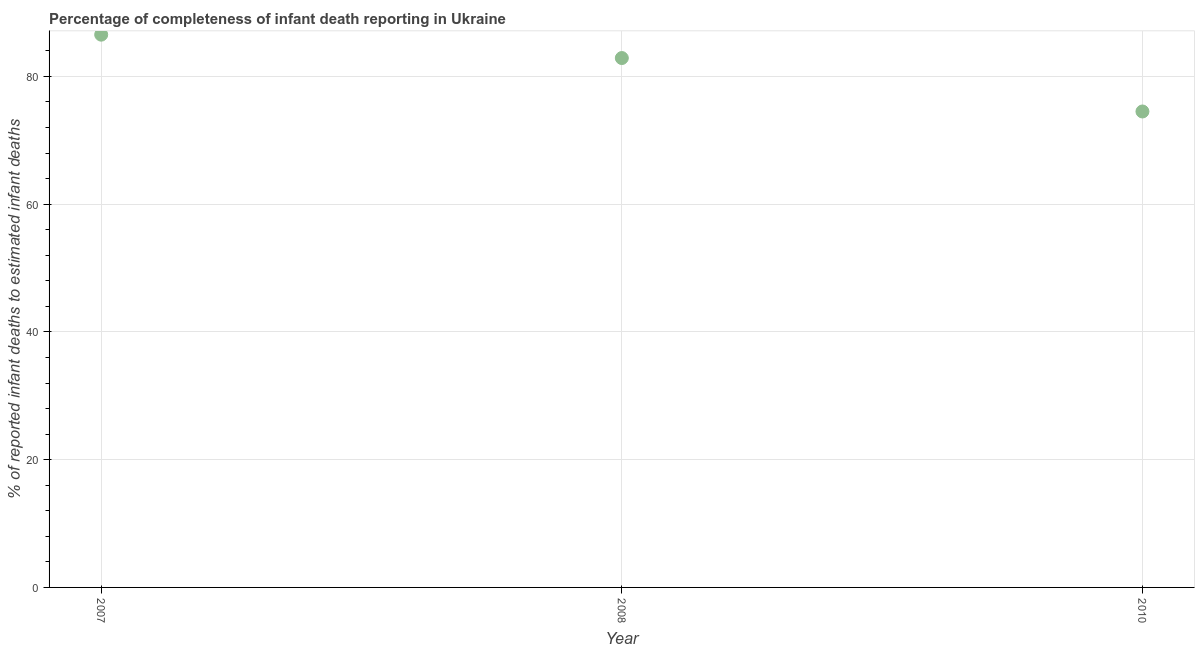
| Year | Completeness of infant death reporting |
 | --- | --- |
 | 2007 | 86.5 |
 | 2008 | 82.9 |
 | 2010 | 74.5 |